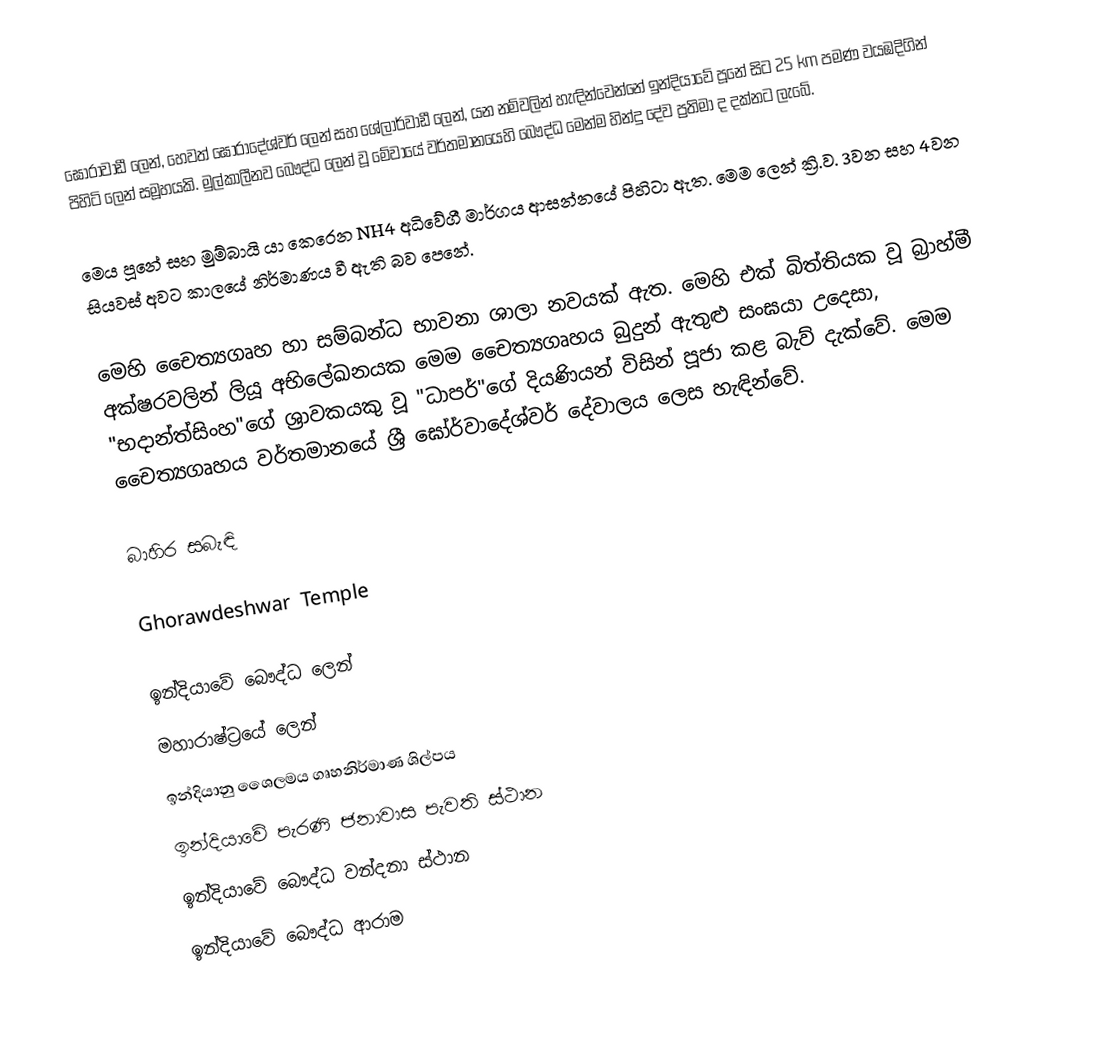
ඝෝරාවාඩී ලෙන්, හෙවත් ඝෝරාදේශ්වර් ලෙන් සහ ශේලාර්වාඩී ලෙන්, ‍යන නම්වලින් හැඳින්වෙන්නේ ඉන්දියාවේ පූනේ සිට 25 km පමණ වයඹදිගින් පිහිටි ලෙන් සමූහයකි. මුල්කාලීනව බෞද්ධ ලෙන් වූ මේවායේ වර්තමානයෙහි බෞද්ධ මෙන්ම හින්දු දේව ප්‍රතිමා ද දක්නට ලැබේ.

මෙය පූනේ සහ මුම්බායි යා කෙරෙන NH4 අධිවේගී මාර්ගය ආසන්නයේ පිහිටා ඇත. මෙම ලෙන් ක්‍රි.ව. 3වන සහ 4වන සියවස් අවට කාලයේ නිර්මාණය වී ඇති බව පෙනේ.

මෙහි චෛත්‍යගෘහ හා සම්බන්ධ භාවනා ශාලා නවයක් ඇත. මෙහි එක් බිත්තියක වූ බ්‍රාහ්මී අක්ෂරවලින් ලියූ අභිලේඛනයක මෙම චෛත්‍යගෘහය බුදුන් ඇතුළු සංඝයා උදෙසා, "භදාන්ත්සිංහ"ගේ ශ්‍රාවකයකු වූ "ධාපර්"ගේ දියණියන් විසින් පූජා කළ බැව් දැක්වේ. මෙම චෛත්‍යගෘහය වර්තමානයේ ශ්‍රී ඝෝර්වාදේශ්වර් දේවාලය ලෙස හැඳින්වේ.

බාහිර සබැඳි

Ghorawdeshwar Temple

ඉන්දියාවේ බෞද්ධ ලෙන්
මහාරාෂ්ට්‍රයේ ලෙන්
ඉන්දියානු ශෛලමය ගෘහනිර්මාණ ශිල්පය
ඉන්දියාවේ පැරණි ජනාවාස පැවති ස්ථාන
ඉන්දියාවේ බෞද්ධ වන්දනා ස්ථාන
ඉන්දියාවේ බෞද්ධ ආරාම